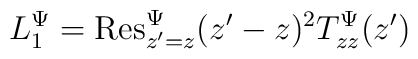
L_1^{\Psi}={\rm Res}_{z^{\prime}=z}^{\Psi}(z^{\prime}-z)^2T_{zz}^{\Psi}(z^{\prime})